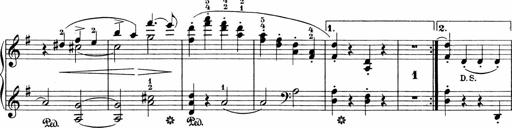
Title: 3 Sonatinas
Composer: Carl Reinecke